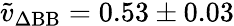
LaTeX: \tilde{v}_{\Delta\mathrm{BB}}=0.53\pm 0.03